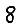
Digit: 8